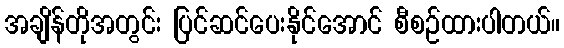
အချိန်တိုအတွင်း ပြင်ဆင်ပေးနိုင်အောင် စီစဉ်ထားပါတယ်။